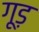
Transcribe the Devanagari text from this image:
गूड़